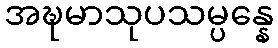
အဍ္ဎမာသုပသမ္ပန္နေ